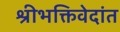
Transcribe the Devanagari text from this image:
श्रीभक्तिवेदांत